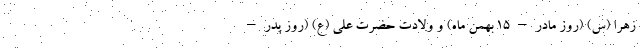
زهرا (س) (روز مادر – ۱۵ بهمن ماه) و ولادت حضرت علی (ع) (روز پدر –